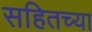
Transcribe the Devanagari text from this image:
सहितच्या